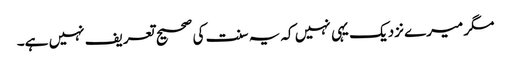
مگر میرے نزدیک یہی نہیں کہ یہ سنت کی صحیح تعریف نہیں ہے۔